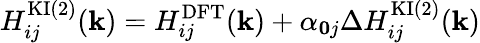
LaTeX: H_{ij}^{\mathrm{KI}(2)}(\mathbf{k})=H_{ij}^{\mathrm{DFT}}(\mathbf{k})+\alpha_{\mathbf{0}j}\Delta H_{ij}^{\mathrm{KI}(2)}(\mathbf{k})